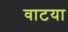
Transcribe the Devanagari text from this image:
वाटया